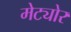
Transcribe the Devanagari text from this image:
मेट्योर